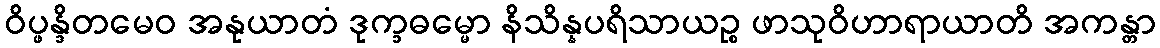
ဝိပ္ဖန္ဒိတမေဝ အနုယာတံ ဒုက္ခဓမ္မော နိသိန္နပရိသာယဉ္စ ဖာသုဝိဟာရာယာတိ အကန္တာ